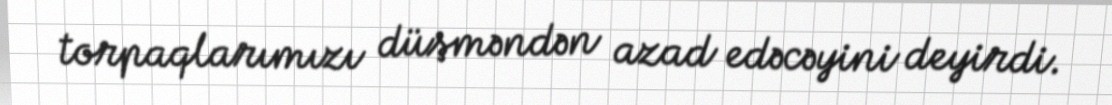
torpaqlarımızı düşməndən azad edəcəyini deyirdi.